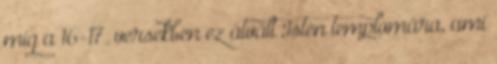
míg a 16-17. versekben ez átvált Isten templomára, ami